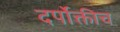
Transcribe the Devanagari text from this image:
दर्पोक्तीच